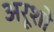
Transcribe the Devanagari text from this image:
अरूशो